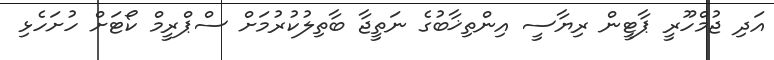
އަދި ޖުމްހޫރީ ޕާޓީން ރިޔާސީ އިންތިޚާބުގެ ނަތީޖާ ބާތިލުކުރުމަށް ސްޕްރީމް ކޯޓަށް ހުށަހެޅި